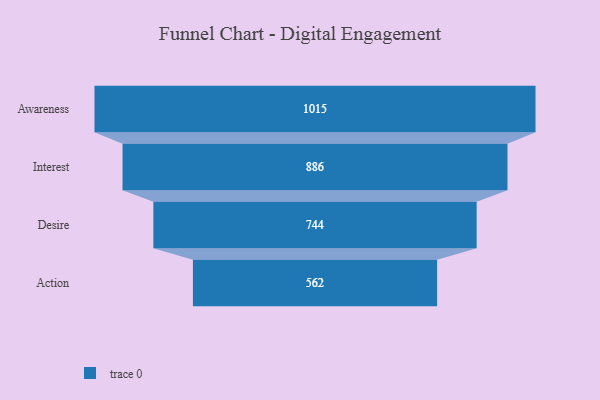
{"axis": {"x": "Stage", "y": "Value"}, "legend": [""], "data": [{"x": "Awareness", "y": 1015.0, "type": ""}, {"x": "Interest", "y": 886.0, "type": ""}, {"x": "Desire", "y": 744.0, "type": ""}, {"x": "Action", "y": 562.0, "type": ""}]}